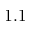
1 . 1